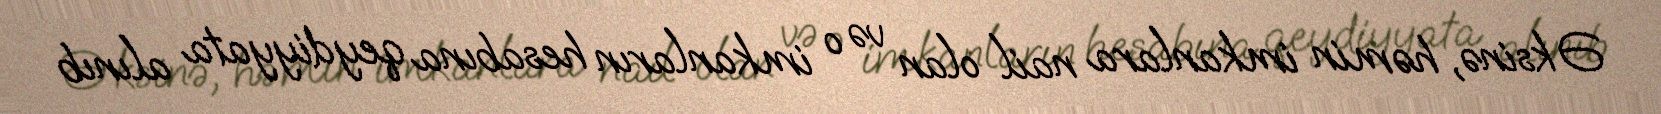
Əksinə, həmin imkanlara nail olan və o imkanların hesabına qeydiyyata alınıb